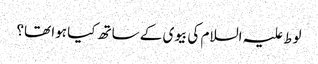
لوط علیہ السلام کی بیوی کے ساتھ کیا ہوا تھا؟